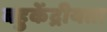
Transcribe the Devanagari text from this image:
बहुकेंद्रीयता